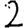
Digit: 2